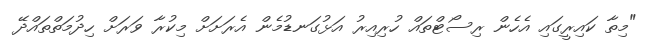
"މިތާ ކައިރީގައި އެހެން ރިސޯޓްތައް ހުރިއިރު އަޅުގަނޑުމެން އެރަށަށް މިކުރާ ވަރަށް ހިދުމަތްތައްދޭ